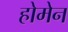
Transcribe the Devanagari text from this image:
होमेन